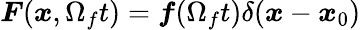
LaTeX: \boldsymbol{F}(\boldsymbol{x},\Omega_{f}t)=\boldsymbol{f}(\Omega_{f}t)\delta(\boldsymbol{x}-\boldsymbol{x}_{0})